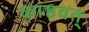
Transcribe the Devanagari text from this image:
काष्ठवत्